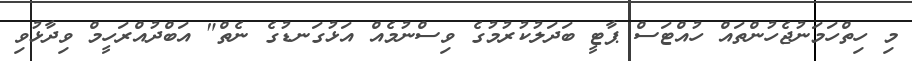
މި ހިތްހަމަނުޖެހުންތައް ހުއްޓަސް ޕާޓީ ބަދަލުކުރުމުގެ ވިސްނުމެއް އަޅުގަނޑުގެ ނެތް" އަބްދުއްރަހީމް ވިދާޅުވި